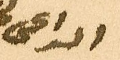
الداعى